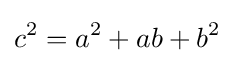
c^{2}=a^{2}+ab+b^{2}